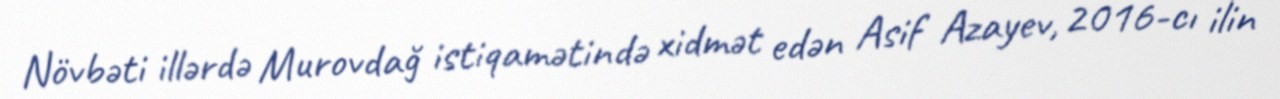
Növbəti illərdə Murovdağ istiqamətində xidmət edən Asif Azayev, 2016-cı ilin